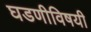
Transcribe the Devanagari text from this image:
घडणीविषयी